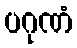
ပဂုဏံ